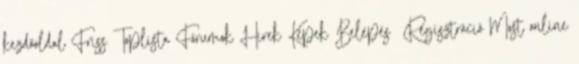
kezdőoldal Friss Toplista Fórumok Hírek Képek Belépés Regisztráció Most online